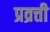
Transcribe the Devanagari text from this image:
प्रव्रत्ती